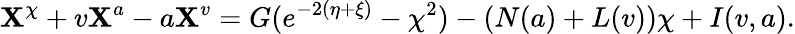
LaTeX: \mathbf{X}^{\chi}+v\mathbf{X}^{a}-a\mathbf{X}^{v}=G(e^{-2(\eta+\xi)}-\chi^{2})-\left(N(a)+L(v)\right)\chi+I(v,a).